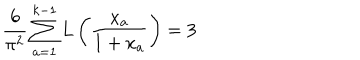
\frac { 6 } { \pi ^ { 2 } } \sum _ { a = 1 } ^ { k - 1 } L \left( \frac { x _ { a } } { 1 + x _ { a } } \right) = 3 \,